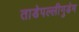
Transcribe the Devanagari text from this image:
ताडेपल्लीगुडेम